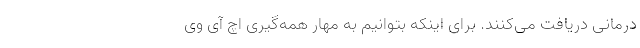
درمانی دریافت می‌کنند. برای اینکه بتوانیم به مهار همه‌گیری اچ آی وی